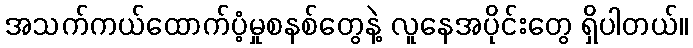
အသက်ကယ်ထောက်ပံ့မှုစနစ်တွေနဲ့ လူနေအပိုင်းတွေ ရှိပါတယ်။